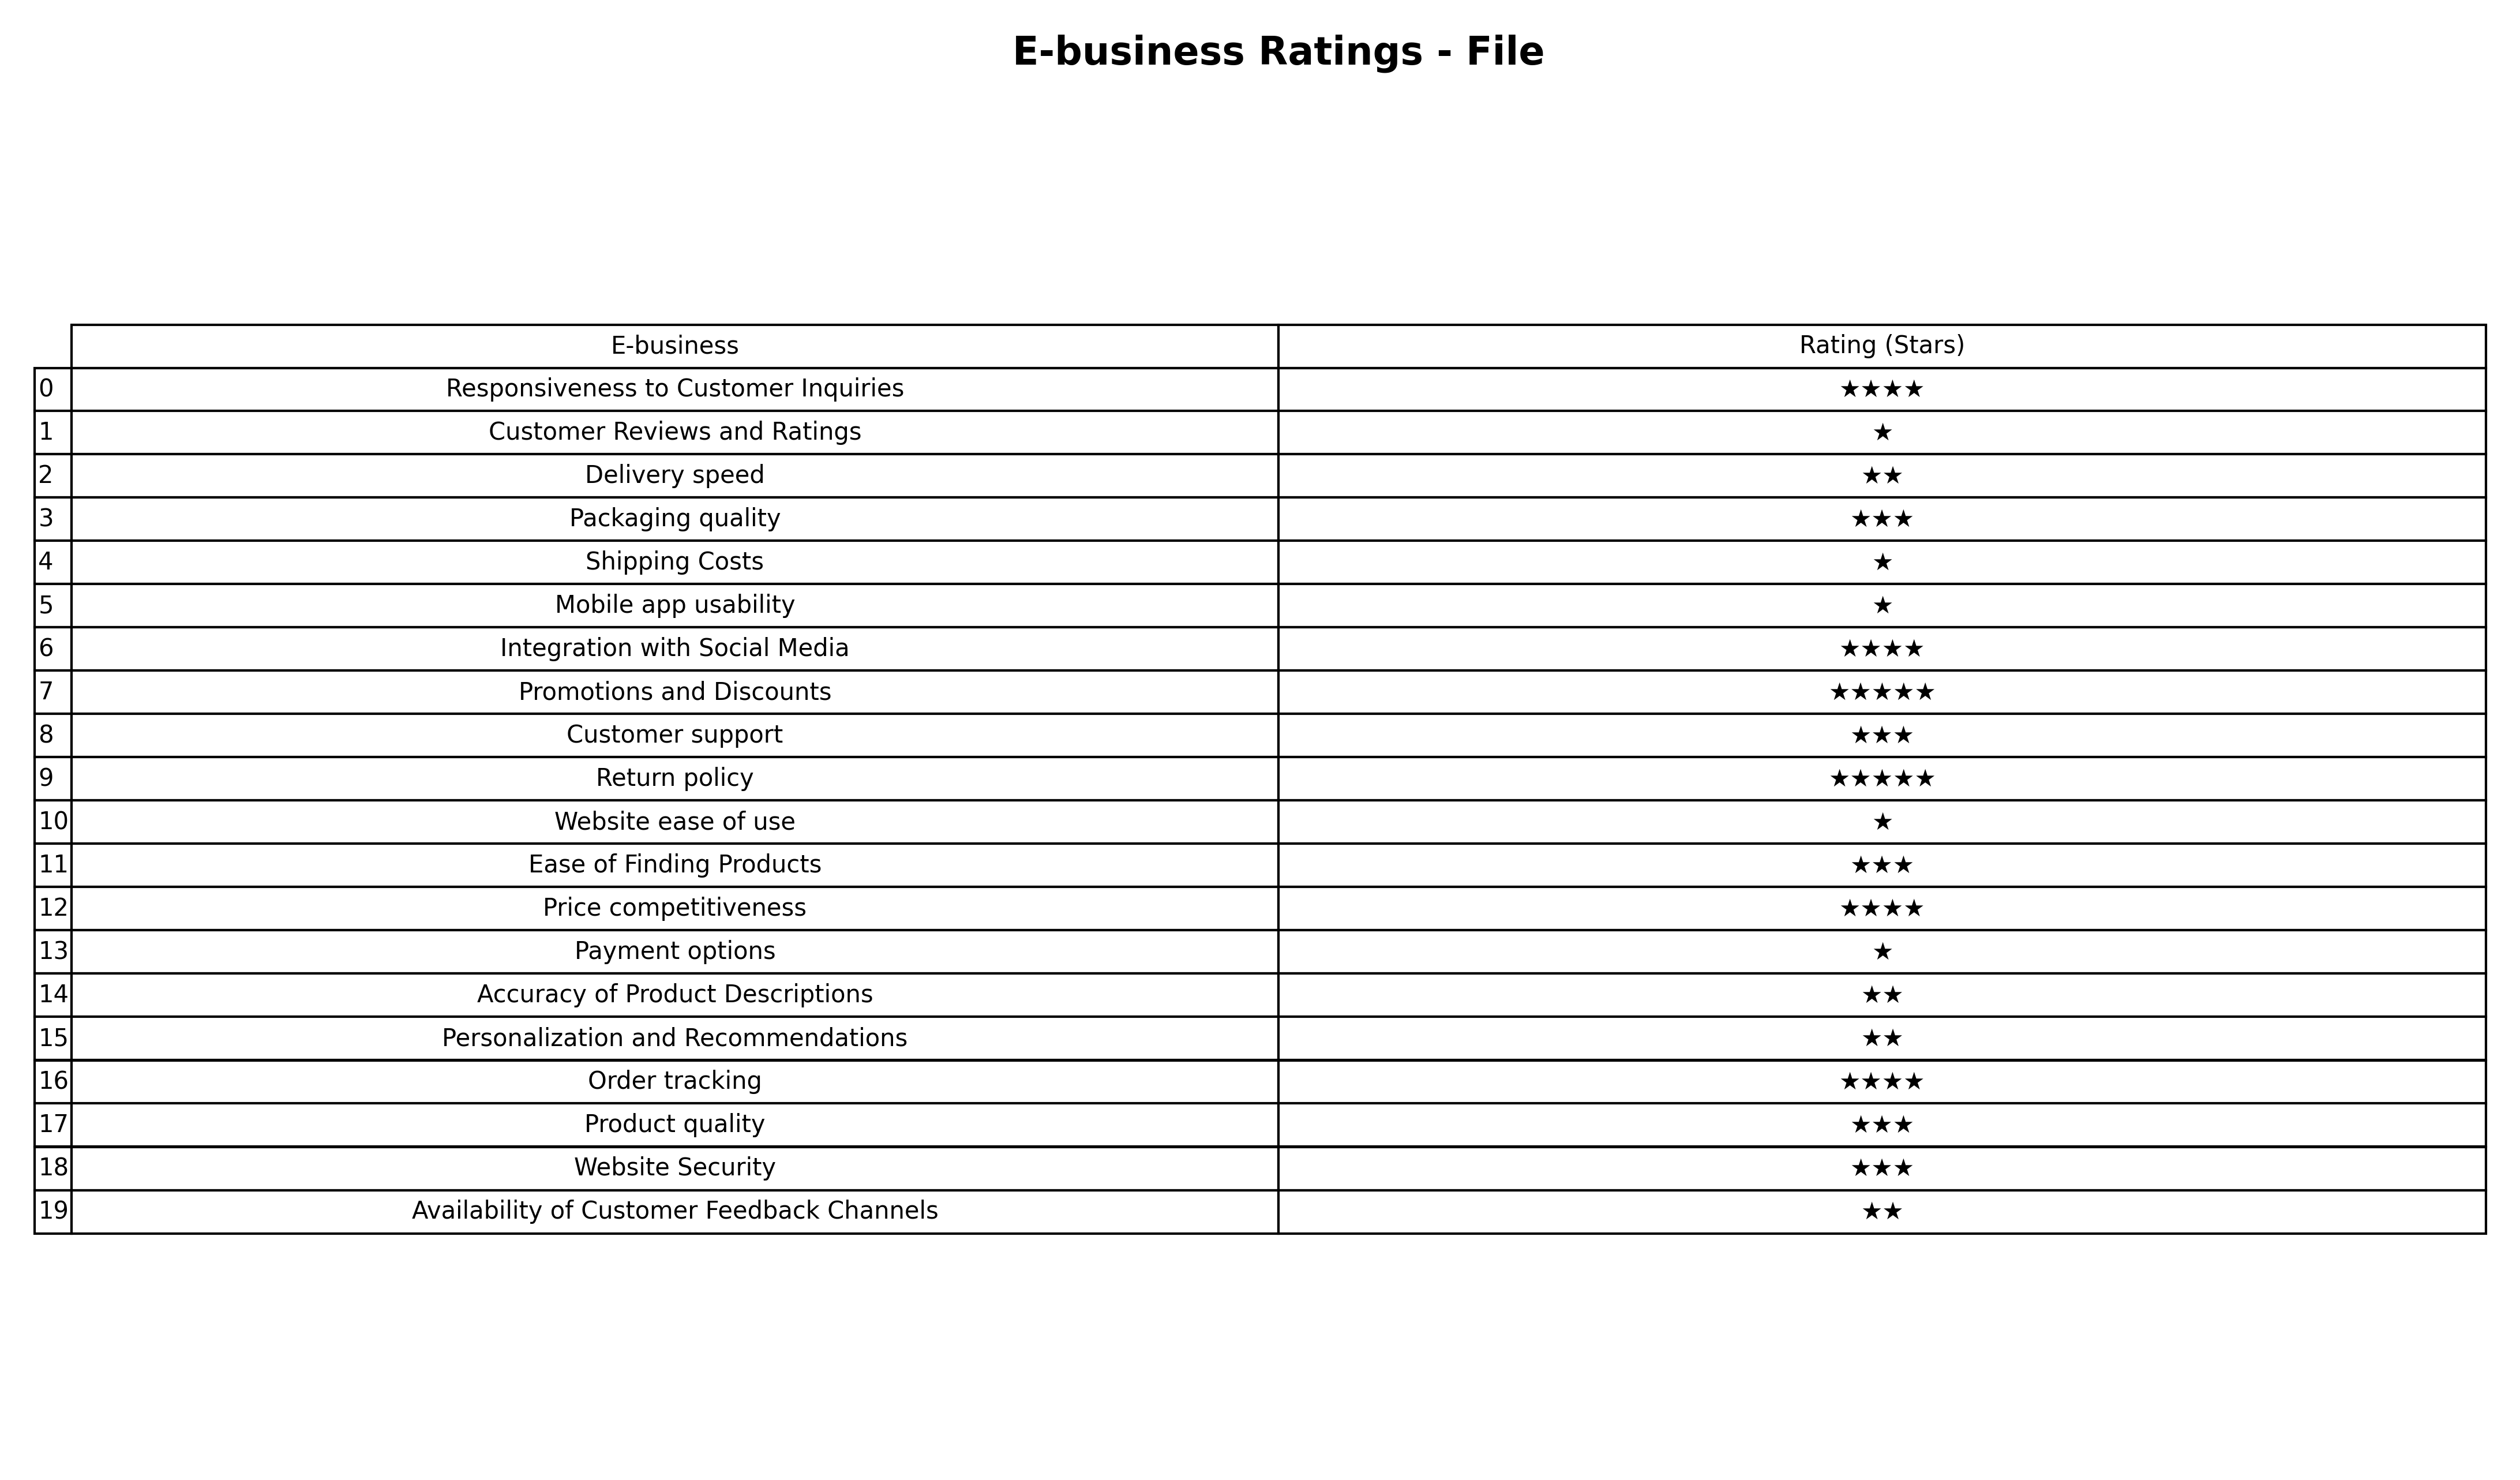
question: What are three star services?
answer: Packaging qualityCustomer supportEase of Finding ProductsProduct qualityWebsite Security